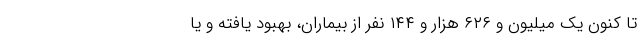
تا کنون یک میلیون و ۶۲۶ هزار و ۱۴۴ نفر از بیماران، بهبود یافته و یا